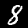
Digit: 8